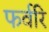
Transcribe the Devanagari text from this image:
फर्वरि